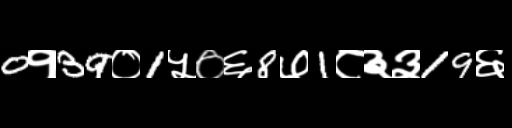
Text: 0१39०1५०६8७1८३३19६